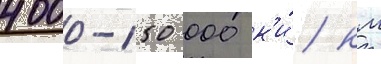
4000-150 000 к'и́/ км